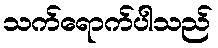
သက်ရောက်ပါသည်